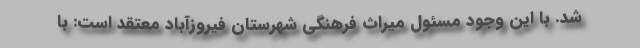
شد. با این وجود مسئول میراث فرهنگی شهرستان فیروزآباد معتقد است: با